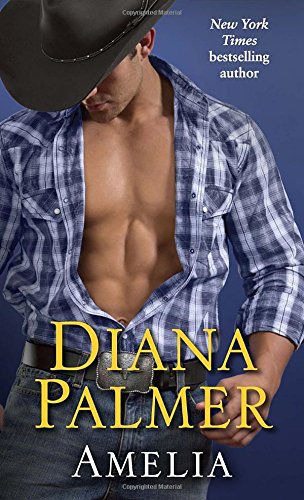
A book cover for Amelia; Diana Palmer; Romance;